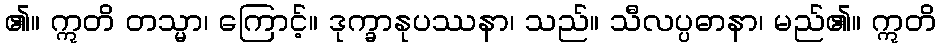
၏။ ဣတိ တသ္မာ၊ ကြောင့်။ ဒုက္ခာနုပဿနာ၊ သည်။ သီလပ္ပဓာနာ၊ မည်၏။ ဣတိ